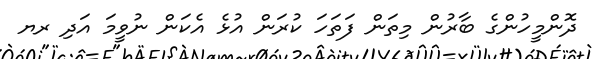
ދޮންމީހުންގެ ބާރުން މިތަން ފަތަހަ ކުރަން އުޅެ އެކަން ނުވީމަ އަދި ރޔ